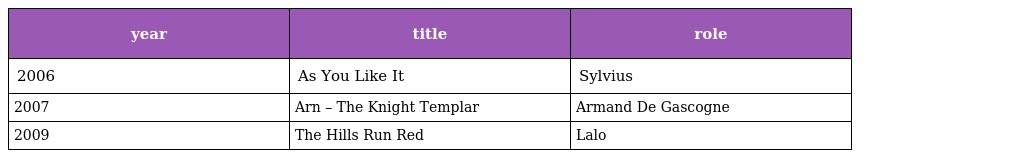
| year | title | role |
 | --- | --- | --- |
 | 2006 | As You Like It | Sylvius |
 | 2007 | Arn – The Knight Templar | Armand De Gascogne |
 | 2009 | The Hills Run Red | Lalo |